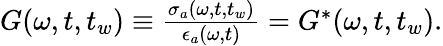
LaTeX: \begin{array}{r}{G(\omega,t,t_{w})\equiv\frac{\sigma_{a}(\omega,t,t_{w})}{\epsilon_{a}(\omega,t)}={G}^{*}(\omega,t,t_{w}).}\end{array}